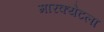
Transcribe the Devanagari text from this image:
मारक्येटला